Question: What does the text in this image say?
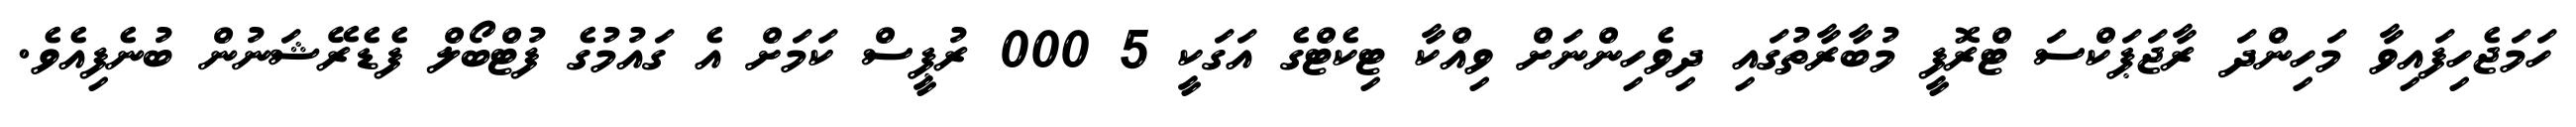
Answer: ހަމަޖެހިފައިވާ މަހިންދަ ރާޖަޕަކްސަ ޓްރޮފީ މުބާރާތުގައި ދިވެހިންނަށް ވިއްކާ ޓިކެޓްގެ އަގަކީ 5 000 ރުޕީސް ކަމަށް އެ ގައުމުގެ ފުޓްބޯލް ފެޑެރޭޝަނުން ބުނެފިއެވެ.